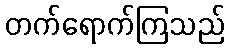
တက်ရောက်ကြသည်